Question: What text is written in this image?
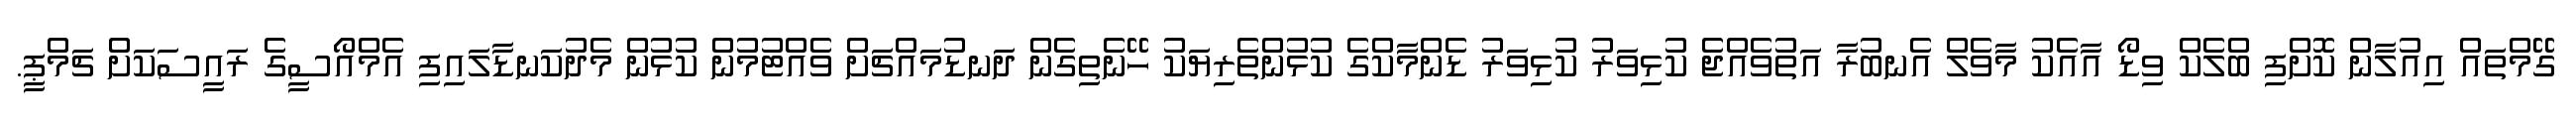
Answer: ގޭމްތައް އިއުލާން ކޮށްފި ބްލެކް ވިޑޯ އާއެކު މާވެލް އެނބުރާ އަތުވެއްޖެ ކުޅިވަރު ކުޅިވަރު ޑެންމާކްގެ ކުޅުންތެރިޔަކު ހޭނެތިގެން ދަނޑުމައްޗަށް ވެއްޓުމުން ކުޅުން މެދުކަނޑާލައިފި އެމްއޯސީގެ ރައީސަކަށް ޗަމްޕީ.